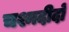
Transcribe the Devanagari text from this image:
चश्मदीदों